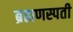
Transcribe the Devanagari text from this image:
ब्रह्मणस्पती